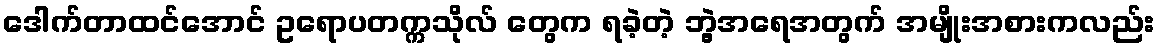
ဒေါက်တာထင်အောင် ဥရောပတက္ကသိုလ် တွေက ရခဲ့တဲ့ ဘွဲ့အရေအတွက် အမျိုးအစားကလည်း